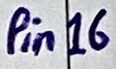
Text: Pin16